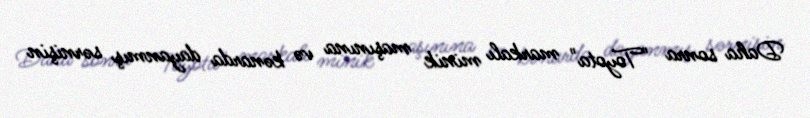
Daha sonra "Toyota" markalı minik maşınına və kənarda dayanmış sərnişin